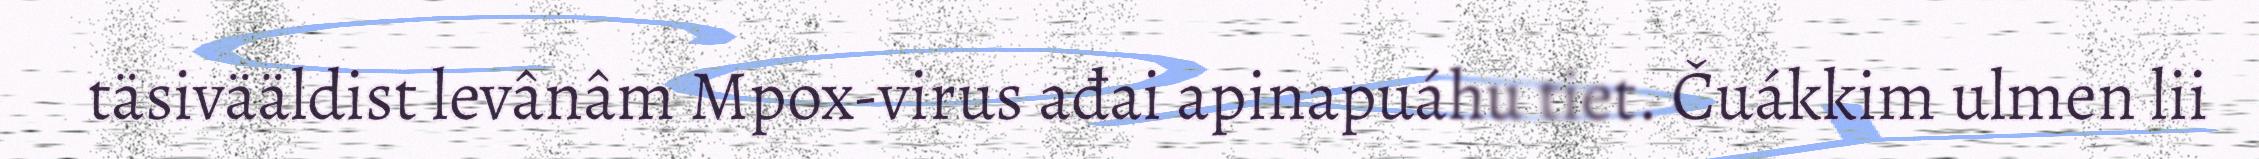
täsivääldist levânâm Mpox-virus ađai apinapuáhu tiet. Čuákkim ulmen lii